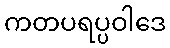
ကတပရပ္ပဝါဒေ